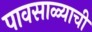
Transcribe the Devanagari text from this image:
पावसाळ्याची